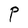
Character: P